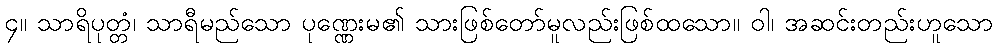
၄။ သာရိပုတ္တံ၊ သာရီမည်သော ပုဏ္ဏေးမ၏ သားဖြစ်တော်မူလည်းဖြစ်ထသော။ ဝါ၊ အဆင်းတည်းဟူသော